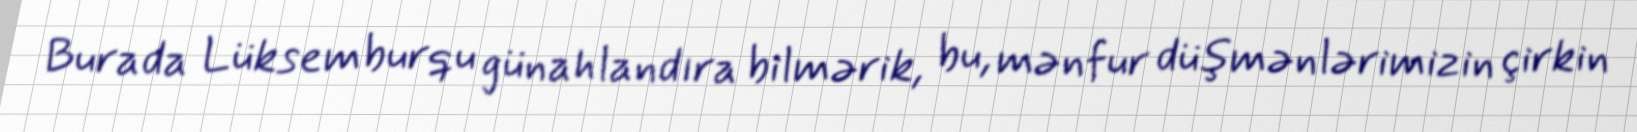
Burada Lüksemburqu günahlandıra bilmərik, bu, mənfur düşmənlərimizin çirkin